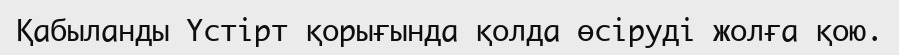
Қабыланды Үстірт қорығында қолда өсіруді жолға қою.